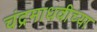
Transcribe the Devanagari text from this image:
चंद्रमाधवीच्या